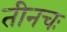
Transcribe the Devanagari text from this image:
तीनचः